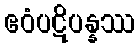
ဧဝံပဋိပန္နဿ